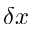
\delta x